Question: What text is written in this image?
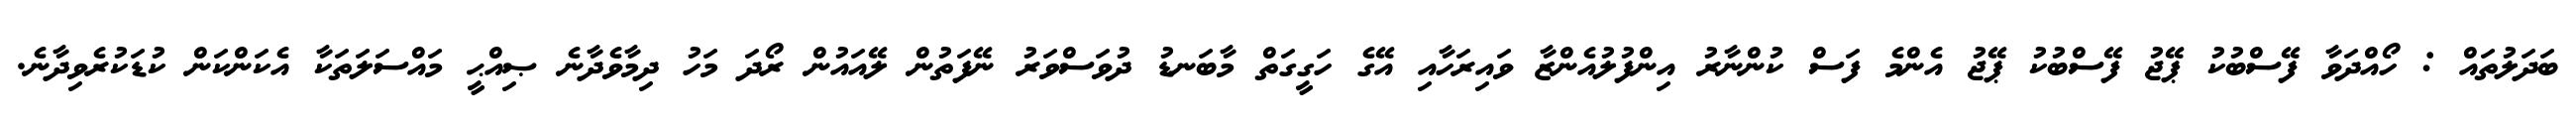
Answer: ބަދަލުތައް : ހޯއްދަވާ ފޭސްބުކު ޕޭޖު ފޭސްބުކު ޕޭޖު އެންމެ ފަސް ކުންނާރު އިންފުލުއެންޒާ ވައިރަހާއި އޭގެ ހަގީގަތް މާބަނޑު ދުވަސްވަރު ނޭފަތުން ލޭއައުން ރޯދަ މަހު ދިމާވެދާނެ ޞިއްޙީ މައްސަލަތަކާ އެކަންކަން ކުޑަކުރެވިދާނެ.